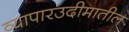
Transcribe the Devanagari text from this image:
व्यापारउदीमातील